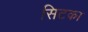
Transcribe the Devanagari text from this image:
सिटका